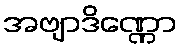
အဗျာဒိဏ္ဏော